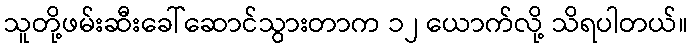
သူတို့ဖမ်းဆီးခေါ်ဆောင်သွားတာက ၁၂ ယောက်လို့ သိရပါတယ်။